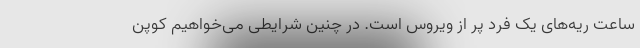
ساعت ریه‌های یک فرد پر از ویروس است. در چنین شرایطی می‌خواهیم کوپن